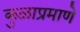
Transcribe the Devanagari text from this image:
कुळाप्रमाणे